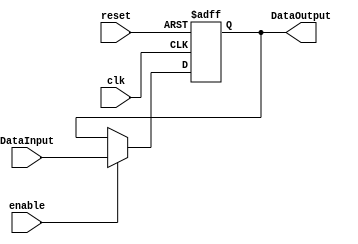
/******************************************************************
* Description
*	This the basic register that is used in the register file
*	1.0
* Author:
*	Dan y Gaby

******************************************************************/
module Register_for_sp
#(
	parameter N = 32
)
(
	input clk,
	input reset,
	input enable,
	input  [N-1:0] DataInput,
	
	
	output reg [N-1:0] DataOutput
);

always@(negedge reset or posedge clk) begin
	if(reset==0)
		DataOutput <= 'h100103FC; //PARTE ALTA DE LA MEMORIA
	else	
		if(enable==1)
			DataOutput<=DataInput;
end

endmodule